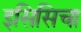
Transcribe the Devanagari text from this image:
इसिसिचा